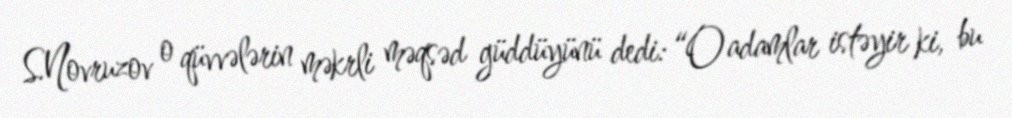
S.Novruzov o qüvvələrin məkrli məqsəd güddüyünü dedi: “O adamlar istəyir ki, bu